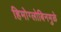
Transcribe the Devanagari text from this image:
हिमोग्लोबिनमुळे